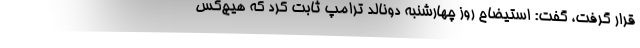
قرار گرفت، گفت: استیضاح روز چهارشنبه دونالد ترامپ ثابت کرد که هیچ‌کس